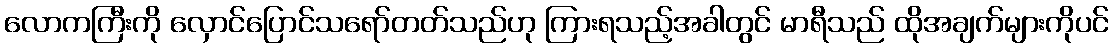
လောကကြီးကို လှောင်ပြောင်သရော်တတ်သည်ဟု ကြားရသည့်အခါတွင် မာရီသည် ထိုအချက်များကိုပင်